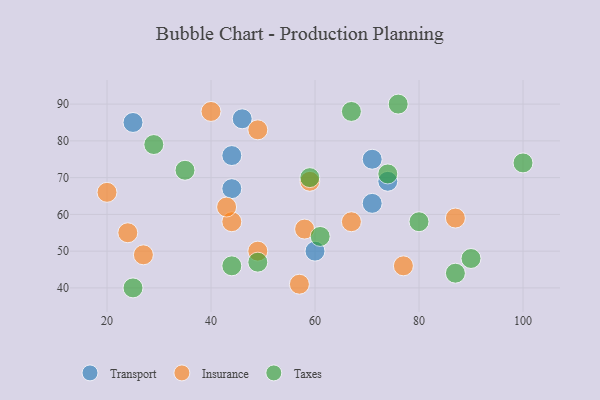
{"axis": {"x": "GDP", "y": "Life Expectancy"}, "legend": ["Insurance", "Taxes", "Transport"], "data": [{"x": "71", "y": 75, "type": "Transport"}, {"x": "71", "y": 63, "type": "Transport"}, {"x": "44", "y": 67, "type": "Transport"}, {"x": "25", "y": 85, "type": "Transport"}, {"x": "46", "y": 86, "type": "Transport"}, {"x": "60", "y": 50, "type": "Transport"}, {"x": "74", "y": 69, "type": "Transport"}, {"x": "44", "y": 76, "type": "Transport"}, {"x": "24", "y": 55, "type": "Insurance"}, {"x": "20", "y": 66, "type": "Insurance"}, {"x": "27", "y": 49, "type": "Insurance"}, {"x": "44", "y": 58, "type": "Insurance"}, {"x": "67", "y": 58, "type": "Insurance"}, {"x": "59", "y": 69, "type": "Insurance"}, {"x": "58", "y": 56, "type": "Insurance"}, {"x": "49", "y": 83, "type": "Insurance"}, {"x": "49", "y": 50, "type": "Insurance"}, {"x": "77", "y": 46, "type": "Insurance"}, {"x": "87", "y": 59, "type": "Insurance"}, {"x": "57", "y": 41, "type": "Insurance"}, {"x": "40", "y": 88, "type": "Insurance"}, {"x": "43", "y": 62, "type": "Insurance"}, {"x": "25", "y": 40, "type": "Taxes"}, {"x": "74", "y": 71, "type": "Taxes"}, {"x": "67", "y": 88, "type": "Taxes"}, {"x": "80", "y": 58, "type": "Taxes"}, {"x": "87", "y": 44, "type": "Taxes"}, {"x": "100", "y": 74, "type": "Taxes"}, {"x": "90", "y": 48, "type": "Taxes"}, {"x": "59", "y": 70, "type": "Taxes"}, {"x": "44", "y": 46, "type": "Taxes"}, {"x": "61", "y": 54, "type": "Taxes"}, {"x": "76", "y": 90, "type": "Taxes"}, {"x": "35", "y": 72, "type": "Taxes"}, {"x": "49", "y": 47, "type": "Taxes"}, {"x": "29", "y": 79, "type": "Taxes"}]}